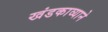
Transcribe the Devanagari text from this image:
खंडकाव्याने